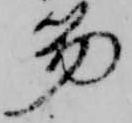
笏